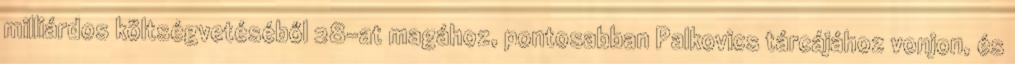
milliárdos költségvetéséből 28-at magához, pontosabban Palkovics tárcájához vonjon, és